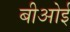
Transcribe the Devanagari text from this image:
बीओई